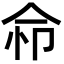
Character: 𢘈